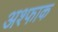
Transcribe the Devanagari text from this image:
अश्फाक